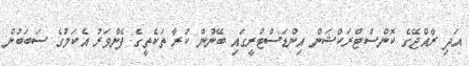
އަދި ރާއްޖޭގެ ކޮންސްޓްރަކްޝަން އިންޑަސްޓްރީގައި ބޭނުން ކުރާ ތަކެތީގެ ފެންވަރު އެކަމުގެ ސަބަބުން